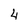
Character: 4